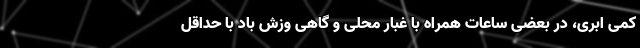
کمی ابری، در بعضی ساعات همراه با غبار محلی و گاهی وزش باد با حداقل